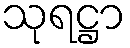
သုရဋ္ဌာ